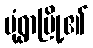
မုံရွာမြို့၏